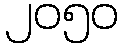
၂၀၅၀